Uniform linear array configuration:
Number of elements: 24
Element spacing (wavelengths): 0.25
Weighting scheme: cosine
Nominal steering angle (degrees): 15
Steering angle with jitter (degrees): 14.143
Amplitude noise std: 0.05
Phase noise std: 0.05

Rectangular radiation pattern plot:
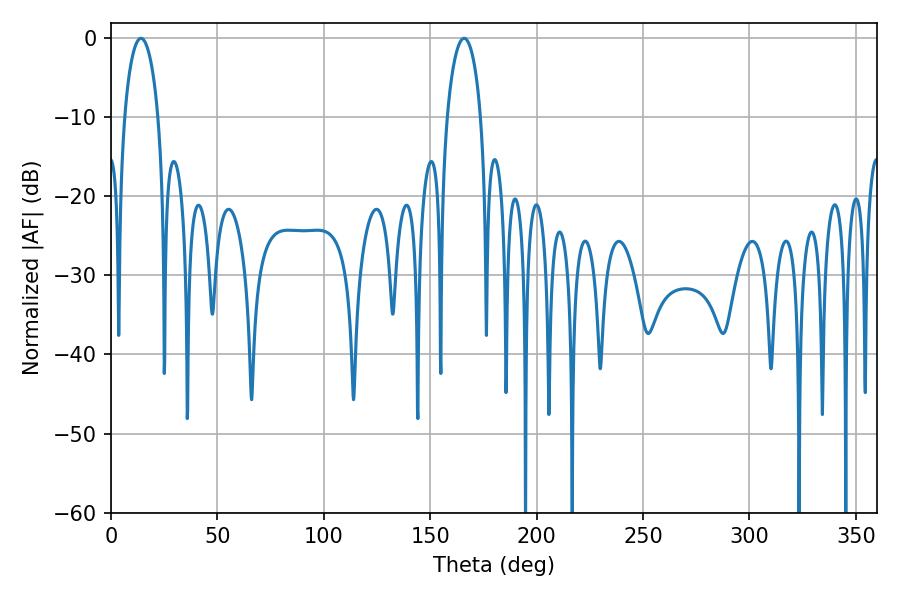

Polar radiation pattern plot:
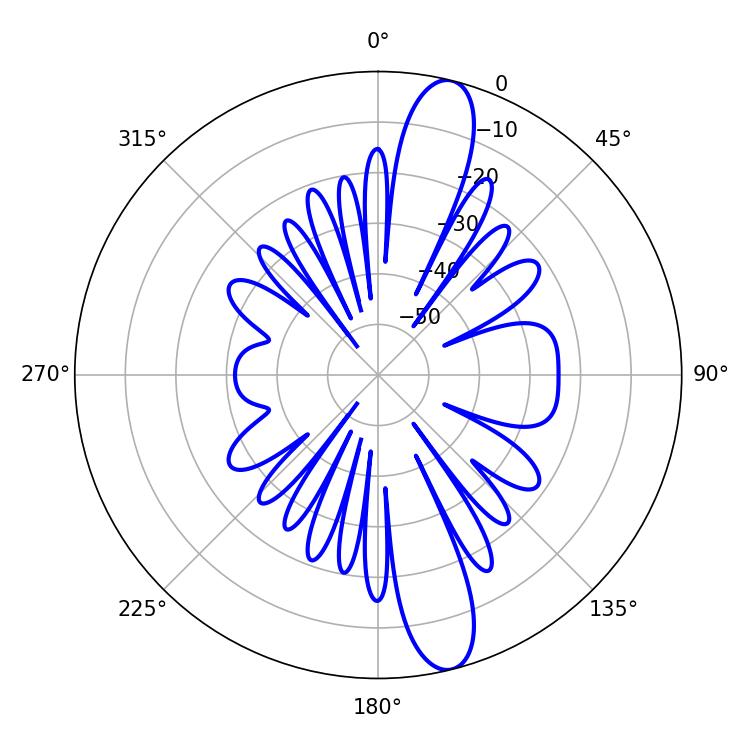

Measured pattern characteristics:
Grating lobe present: FALSE
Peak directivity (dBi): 13.694
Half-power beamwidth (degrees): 9.18
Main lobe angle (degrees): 14.04